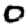
Digit: 0